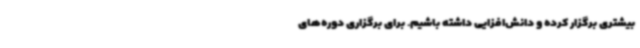
بیشتری برگزار کرده و دانش‌افزایی داشته باشیم. برای برگزاری دوره‌های